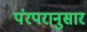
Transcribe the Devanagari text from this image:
पंरपरानुसार